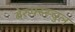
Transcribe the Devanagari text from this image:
बेरुफ्स्स्चुल